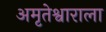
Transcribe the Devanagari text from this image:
अमृतेश्वाराला